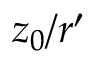
z _ { 0 } / r ^ { \prime }